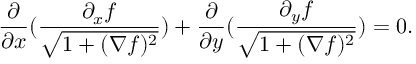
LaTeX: \frac { \partial } { \partial x } ( \frac { \partial _ { x } f } { \sqrt { 1 + ( \nabla f ) ^ { 2 } } } ) + \frac { \partial } { \partial y } ( \frac { \partial _ { y } f } { \sqrt { 1 + ( \nabla f ) ^ { 2 } } } ) = 0 .